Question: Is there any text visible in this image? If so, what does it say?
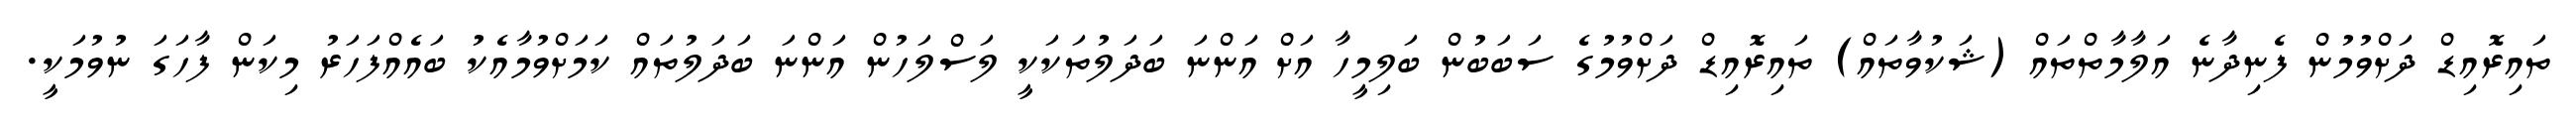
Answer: ތައިރޮއިޑް ދަށްވުމުން ފެނިދާނެ އަލާމާތްތައް (ޝަކުވާތައް) ތައިރޮއިޑް ދަށްވުމުގެ ސަބަބުން ބަލިމީހާ އަށް އަންނަ ބަދަލުތަކަކީ ލަސްލަހުން އަންނަ ބަދަލުތައް ކަމަށްވުމާއެކު ބައެއްފަހަރު މިކަން ފާހަގަ ނުވުމަކީ.